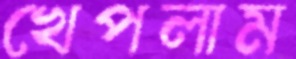
খেপলাম